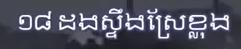
១៨ ដងស្ទឹងស្រែខ្លុង